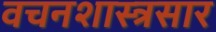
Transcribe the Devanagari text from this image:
वचनशास्त्रसार